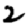
Digit: 2